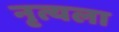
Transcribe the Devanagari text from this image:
नृत्यला